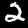
Digit: 2